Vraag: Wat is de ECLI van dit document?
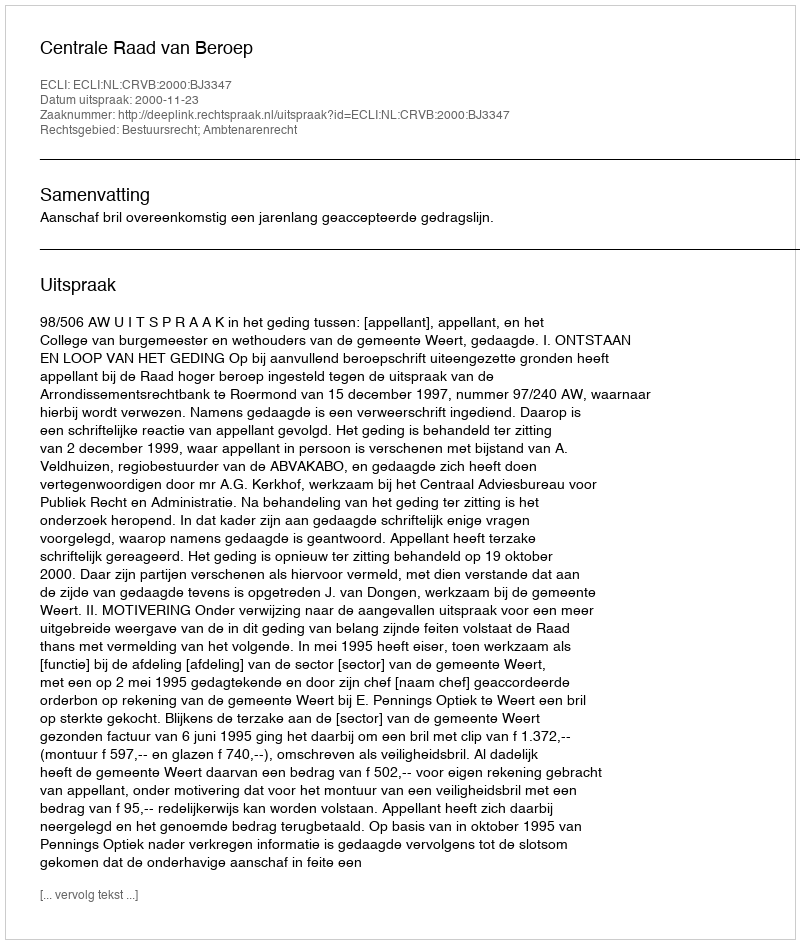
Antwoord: ECLI:NL:CRVB:2000:BJ3347